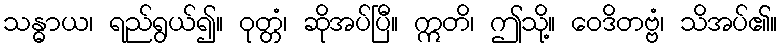
သန္ဓာယ၊ ရည်ရွယ်၍။ ဝုတ္တံ၊ ဆိုအပ်ပြီ။ ဣတိ၊ ဤသို့။ ဝေဒိတဗ္ဗံ၊ သိအပ်၏။